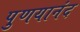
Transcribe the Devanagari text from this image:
पुणयानंद